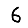
Digit: 6